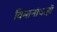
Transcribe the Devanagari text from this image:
विमानांचाही